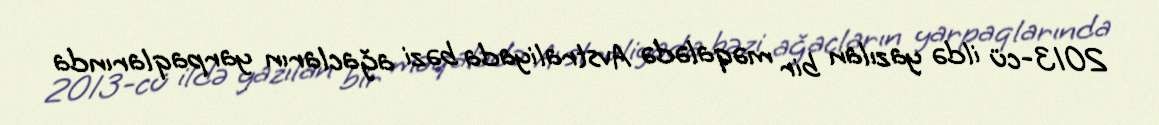
2013-cü ildə yazılan bir məqalədə Avstraliyada bəzi ağacların yarpaqlarında